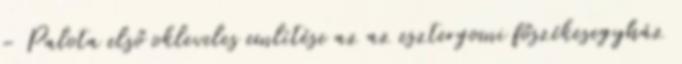
– Palota első okleveles említése az az esztergomi főszékesegyház